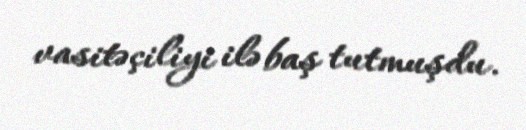
vasitəçiliyi ilə baş tutmuşdu.